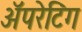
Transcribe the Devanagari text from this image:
ॲपरेटिंग